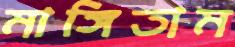
মাঙ্গিতাম